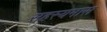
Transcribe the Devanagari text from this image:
सहस्यमास